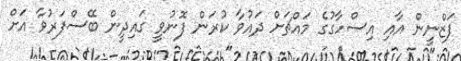
ފަޒްނީން އާއި އިސްހާގުގެ މައްޗަށް ދައުވާ ކުރަން ފޮނުވީ ގައިދީން ބޭސްފަރުވާ އަށް